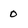
Character: 0